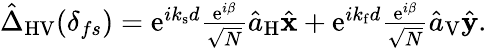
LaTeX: \begin{array}{r}{\hat{\Delta}_{\mathrm{HV}}(\delta_{fs})=\mathrm{e}^{ik_{\mathrm{s}}d}\frac{\mathrm{e}^{i\beta}}{\sqrt{N}}\hat{a}_{\mathrm{H}}\hat{\mathbf x}+\mathrm{e}^{ik_{\mathrm{f}}d}\frac{\mathrm{e}^{i\beta}}{\sqrt{N}}\hat{a}_{\mathrm{V}}\hat{\mathbf y}.}\end{array}